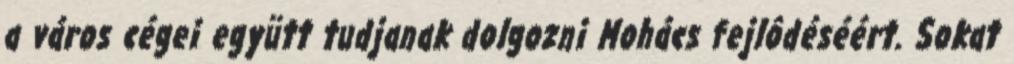
a város cégei együtt tudjanak dolgozni Mohács fejlôdéséért. Sokat